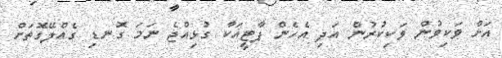
އަށް ވަކިވުން ވަކިކުރުން އަދި އެހެން ޕާޓީއަކާ ގުޅިއްޖެ ނަމަ ގޮނޑި ގެއްލޭގޮތަށް